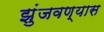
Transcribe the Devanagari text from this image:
झुंजवण्यास